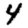
Digit: 4